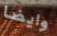
وايضا